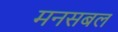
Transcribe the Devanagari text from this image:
मनसबल